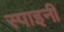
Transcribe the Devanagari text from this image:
स्पाइनी